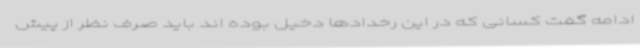
ادامه گفت کسانی که در این رخدادها دخیل بوده اند باید صرف نظر از پیش